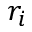
r _ { i }